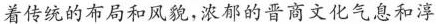
着传统的布局和风貌，浓郁的晋商文化气息和淳